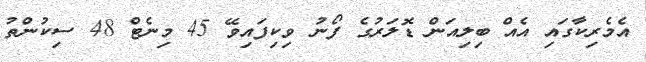
އެމެރިކާގައި އެއް ބިލިއަން ޑޮލަރުގެ ފޯނު ވިކިފައިވޭ 45 މިނެޓް 48 ސިކުންތު